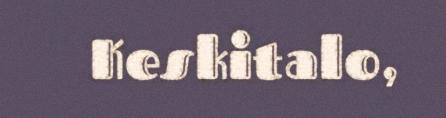
Keskitalo,